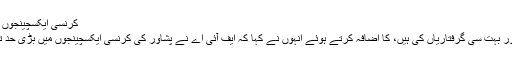
کرنسی ایکسچینجوں اور بینکوں میں لانڈرنگ کو روکنا
ایجنٹ روزانہ چھاپے مارتے ہیں اور بہت سی گرفتاریاں کی ہیں، کا اضافہ کرتے ہوئے انہوں نے کہا کہ ایف آئی اے نے پشاور کی کرنسی ایکسچینجوں میں بڑی حد تک منی لانڈرنگ کو روک دیا ہے۔